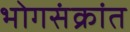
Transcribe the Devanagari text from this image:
भोगसंक्रांत